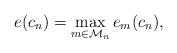
LaTeX: \begin{align*} e(c_n)=\max_{m\in\mathcal{M}_n}e_m(c_n),\end{align*}